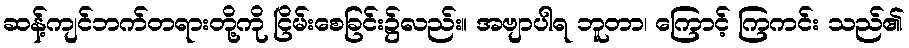
ဆန့်ကျင်ဘက်တရားတို့ကို ငြိမ်းစေခြင်း၌လည်း။ အဗျာပါရ ဘူတာ၊ ကြောင့် ကြကင်း သည်၏